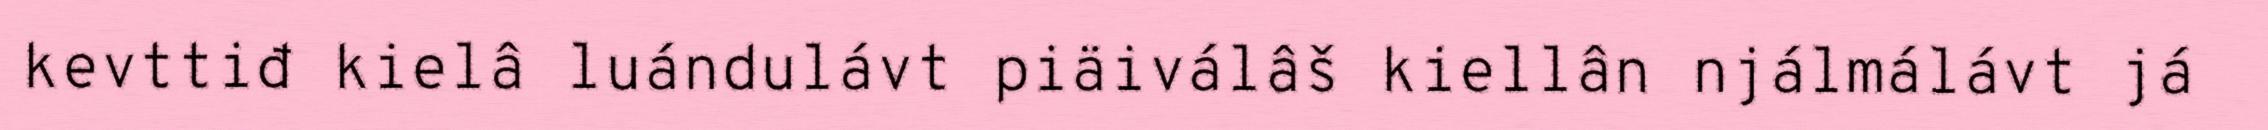
kevttiđ kielâ luándulávt piäiválâš kiellân njálmálávt já